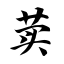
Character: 荬